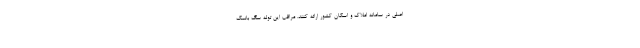
اصلی در سامانه املاک و اسکان کشور ارائه کنند. مراقب این توله ‌سگ بانمک